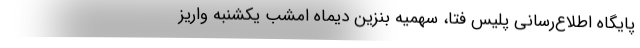
پایگاه اطلاع‌رسانی پلیس فتا، سهمیه بنزین دیماه امشب یکشنبه واریز